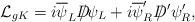
\begin{align*}{\cal L}_{gK} = i \overline{\psi}_L D\!\!\!\!/ \psi_L + i\overline{\psi}'_R D\!\!\!\!/\,' \psi'_R,\end{align*}